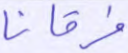
فرقانا